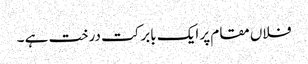
فلاں مقام پر ایک بابرکت درخت ہے ۔